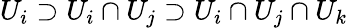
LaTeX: U_{i}\supset U_{i}\cap U_{j}\supset U_{i}\cap U_{j}\cap U_{k}